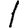
Digit: 1